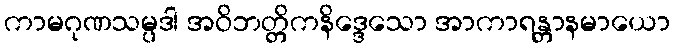
ကာမဂုဏသမ္ပဒါ အဝိဘတ္တိကနိဒ္ဒေသော အာကာရန္တာနမာယော